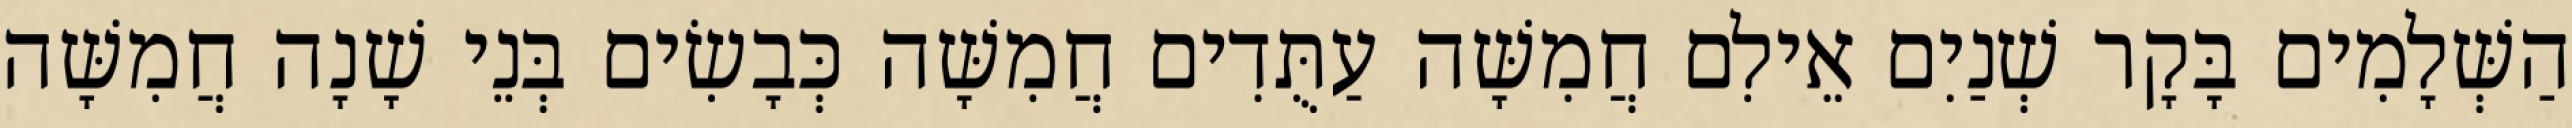
הַשְּׁלָמִים בָּקָר שְׁנַיִם אֵילִם חֲמִשָּׁה עַתֻּדִים חֲמִשָּׁה כְּבָשִׂים בְּנֵי שָׁנָה חֲמִשָּׁה